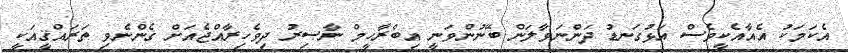
އެކަމަކު އެއާއެކީވެސް އަޅުގަނޑު ދަންނަވާލަން ބޭނުންވަނީ އިބްރާހީމް ނާޞިރު ދިވެހިރާއްޖެއަށް ގެންނެވި ތަރައްޤީއަކީ